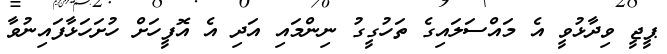
ޕީޖީ ވިދާޅުވީ އެ މައްސަލައިގެ ތަހުގީގު ނިންމައި އަދި އެ އޮފީހަށް ހުށަހަޅާފައިނުވާ